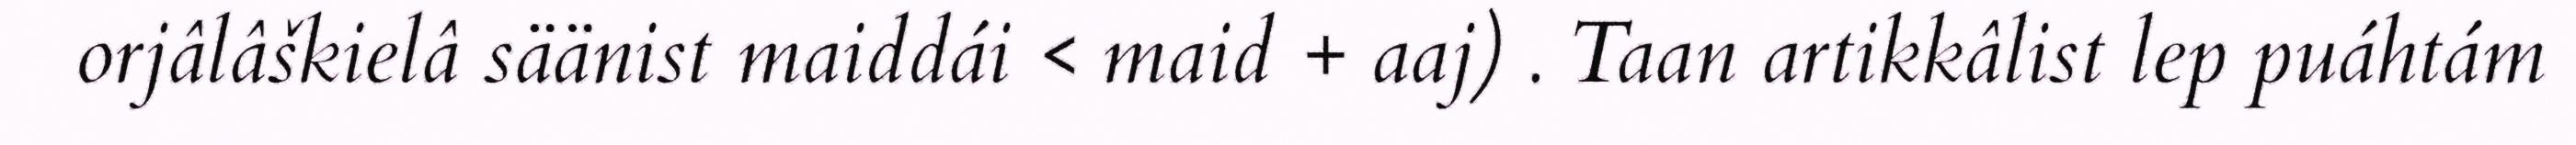
orjâlâškielâ säänist maiddái < maid + aaj) . Taan artikkâlist lep puáhtám